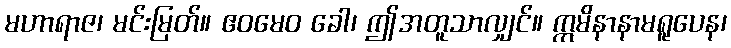
မဟာရာဇ၊ မင်းမြတ်။ ဧဝမေဝ ခေါ၊ ဤအတူသာလျှင်။ ဣမိနာနာမရူပေန၊